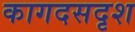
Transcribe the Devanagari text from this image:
कागदसदृश